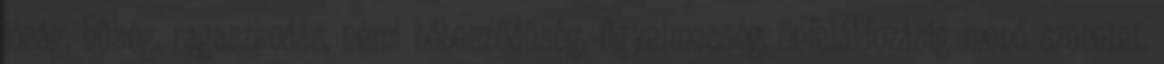
jóság, hűség, ragaszkodás, némi bőbeszédűség, figyelmesség, önfeláldozásig menő szeretet.